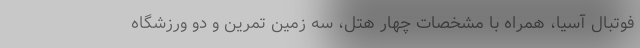
فوتبال آسیا، همراه با مشخصات چهار هتل، سه زمین تمرین و دو ورزشگاه